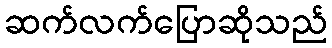
ဆက်လက်ပြောဆိုသည်